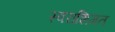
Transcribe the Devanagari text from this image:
स्वराशिगत